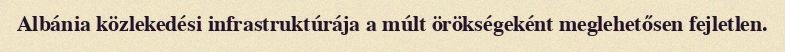
Albánia közlekedési infrastruktúrája a múlt örökségeként meglehetősen fejletlen.